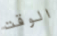
الوقت